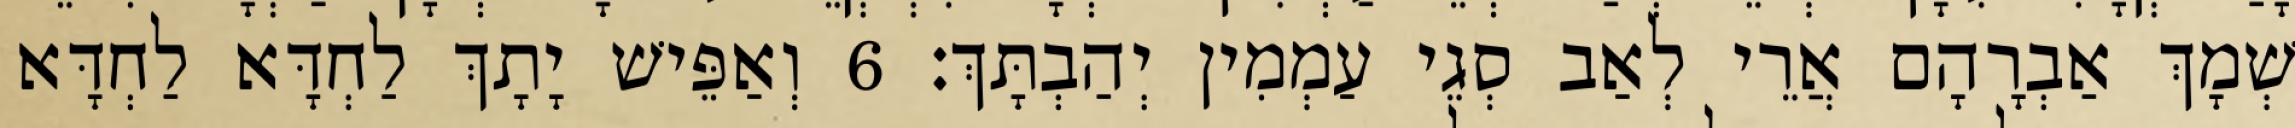
שְׁמָךְ אַבְרָהָם אֲרֵי לְאַב סְגֵי עַמְמִין יְהַבְתָּךְ׃ 6 וְאַפֵּישׁ יָתָךְ לַחְדָּא לַחְדָּא